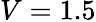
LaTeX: V=1.5